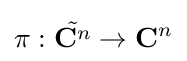
\pi :{\tilde {\mathbf {C} ^{n}}}\to \mathbf {C} ^{n}